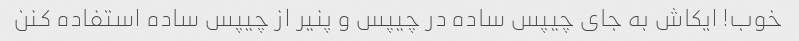
خوب! ایکاش به جای چیپس ساده در چیپس و پنیر از چیپس ساده استفاده کنن